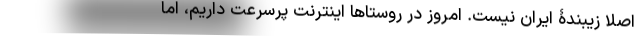
اصلا زیبندۀ ایران نیست. امروز در روستاها اینترنت پرسرعت داریم، اما